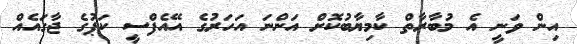
އިން ވަނީ އެ މުބާރާތް ކާމިޔާބުކޮށް އަންނަ އަހަރުގެ އޭއެފްސީ ކަޕުގެ ޖާގައެއް